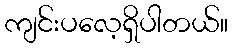
ကျင်းပလေ့ရှိပါတယ်။